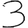
Digit: 3